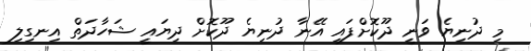
މި ދުނިޔެ ވަނީ ދޫކޮށްފައި އޭނާ ދުނިޔެ ދޫކޮށް ދިޔައީ ޝަހާދަތް އިނގިލި